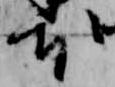
本